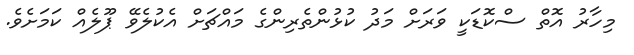
މިހާރު އޮތް ސްކޮޑަކީ ވަރަށް މަދު ކުޅުންތެރިންގެ މައްޗަށް އެކުލެވޭ ޕޫލެއް ކަމަށެވެ.